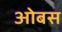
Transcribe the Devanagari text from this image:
ओबस